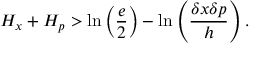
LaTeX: H _ { x } + H _ { p } > \ln \left( { \frac { e } { 2 } } \right) - \ln \left( { \frac { \delta x \delta p } { h } } \right) .